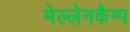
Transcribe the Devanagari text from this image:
मेल्लेनकैम्प